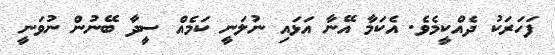
ފަހަރަކު ދެއްކީމެވެ. އެކަމާ އޭނާ އަޅައި ނުލަނީ ކަމެއް ސީދާ ބޭނުން ނުވަނީ